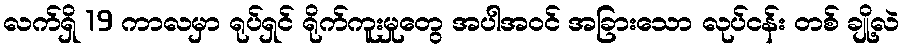
လက်ရှိ 19 ကာလမှာ ရုပ်ရှင် ရိုက်ကူးမှုတွေ အပါအဝင် အခြားသော လုပ်ငန်း တစ် ချို့လဲ